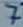
Text: 7